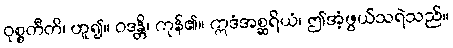
ဝုစ္စတီတိ၊ ဟူ၍။ ဝဒန္တိ၊ ကုန်၏။ ဣဒံအစ္ဆရိယံ၊ ဤအံ့ဖွယ်သရဲသည်။